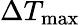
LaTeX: \Delta{T_{\mathrm{{max}}}}